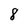
Character: 8